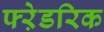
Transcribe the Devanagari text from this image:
फ्ऱेडरिक